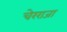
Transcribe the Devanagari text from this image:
चेरराजा